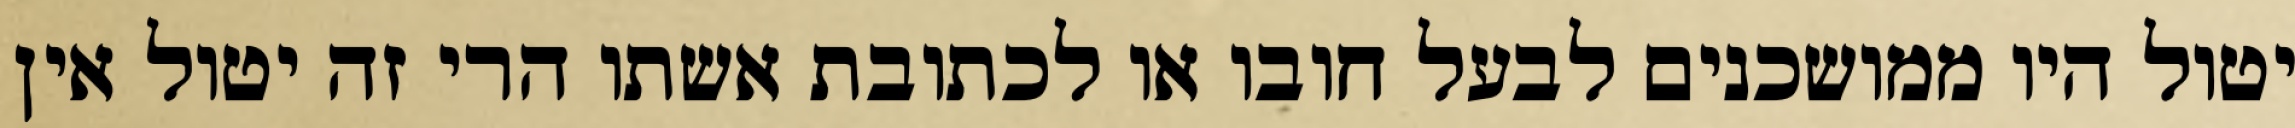
יטול היו ממושכנים לבעל חובו או לכתובת אשתו הרי זה יטול אין